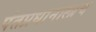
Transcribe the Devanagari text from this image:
पंतप्रधानालाच